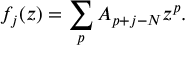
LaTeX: f _ { j } ( z ) = \sum _ { p } A _ { p + j - N } z ^ { p } .